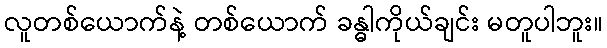
လူတစ်ယောက်နဲ့ တစ်ယောက် ခန္ဓါကိုယ်ချင်း မတူပါဘူး။